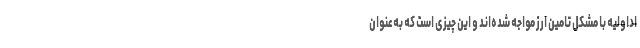
اداولیه با مشکل تامین ارز مواجه شده‌اند و این چیزی است که به‌عنوان